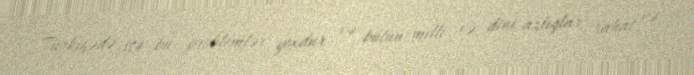
Türkiyədə isə bu problemlər yoxdur və bütün milli və dini azlıqlar rahat və